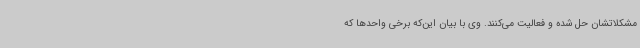
مشکلاتشان حل شده و فعالیت می‌کنند. وی با بیان این‌که برخی واحدها که